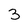
Character: 3